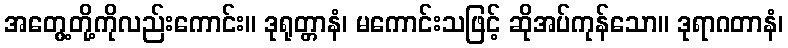
အတွေ့တို့ကိုလည်းကောင်း။ ဒုရုတ္တာနံ၊ မကောင်းသဖြင့် ဆိုအပ်ကုန်သော။ ဒုရာဂတာနံ၊